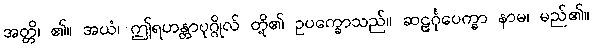
အတ္တိ၊ ၏။ အယံ၊ ဤရဟန္တာပုဂ္ဂိုလ် တို့၏ ဥပက္ခောသည်။ ဆဠင်္ဂုပေက္ခာ နာမ၊ မည်၏။